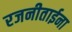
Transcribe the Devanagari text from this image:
रजनीताईना